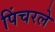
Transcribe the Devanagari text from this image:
पिंचरले